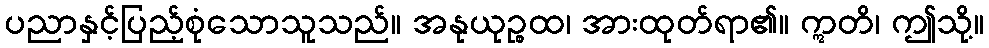
ပညာနှင့်ပြည့်စုံသောသူသည်။ အနုယုဉ္စထ၊ အားထုတ်ရာ၏။ ဣတိ၊ ဤသို့။